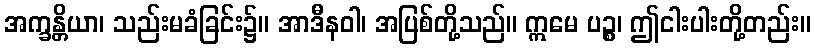
အက္ခန္တိယာ၊ သည်းမခံခြင်း၌။ အာဒီနဝါ၊ အပြစ်တို့သည်။ ဣမေ ပဉ္စ၊ ဤငါးပါးတို့တည်း။